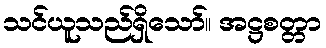
သင်ယူသည်ရှိသော်။ အဋ္ဌစတ္တာ